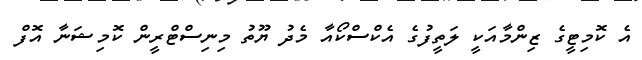
އެ ކޮމިޓީގެ ޒިންމާއަކީ ލަތީފުގެ އެކްސްކޯއާ މެދު ޔޫތު މިނިސްޓްރީން ކޮމިޝަނާ އޮފް